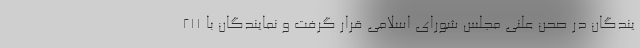
یندگان در صحن علنی مجلس شورای اسلامی قرار گرفت و نمایندگان با ۲۱۱